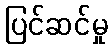
ပြင်ဆင်မှု